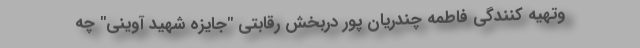
وتهیه کنندگی فاطمه چندریان پور دربخش رقابتی "جایزه شهید آوینی" چه